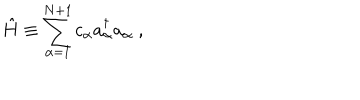
\hat { H } \equiv \sum _ { \alpha = 1 } ^ { N + 1 } c _ { \alpha } a _ { \alpha } ^ { \dagger } a _ { \alpha } \ ,